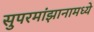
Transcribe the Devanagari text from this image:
सुपरमांझानामध्ये